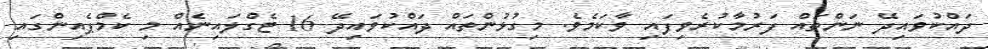
ދައްކުވައިދޭ ނަންތައް ފަރުމާކުރެވިފައި ވާކަމެވެ. މިގުޅުންތައް ދައްކުވައިދޭ 16 ޓެގްލައިނެއް މި ކެމްޕެއިންގައި